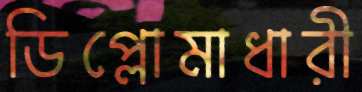
ডিপ্লোমাধারী